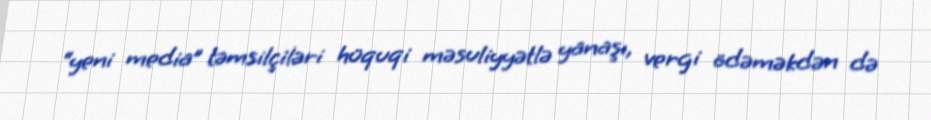
“yeni media” təmsilçiləri hüquqi məsuliyyətlə yanaşı, vergi ödəməkdən də